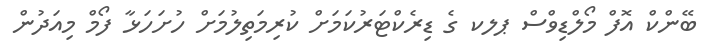
ބޭންކް އޮފް މޯލްޑިވްސް ޕލކ ގެ ޑިރެކްޓަރުކަމަށް ކުރިމަތިލުމަށް ހުށަހަޅާ ފޯމް މިއަދުން